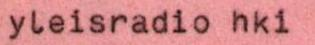
yleisradio hki